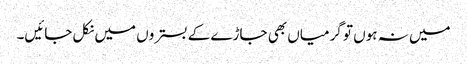
میں نہ ہوں تو گرمیاں بھی جاڑے کے بستروں میں نکل جائیں۔